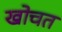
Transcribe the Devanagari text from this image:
खोचत